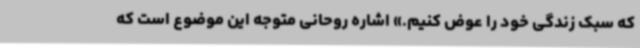
که سبک زندگی خود را عوض کنیم.» اشاره روحانی متوجه این موضوع است که